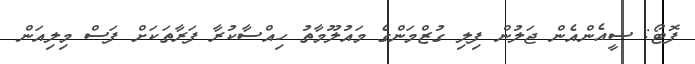
ފޮޓޯ: ސީއެންއެން ޖަލުން ފިލި ގުޒްމަންގެ މައުލޫމާތު ހިއްސާކުރާ ފަރާތަކަށް ފަސް މިލިއަން